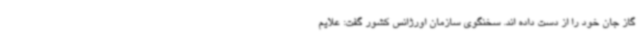
گاز جان خود را از دست داده اند. سخنگوی سازمان اورژانس کشور گفت: علایم